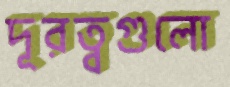
দূরত্বগুলো